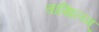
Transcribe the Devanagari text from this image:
चाखिलम्